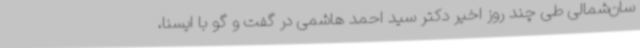
سان‌شمالی طی چند روز اخیر دکتر سید احمد هاشمی در گفت و گو با ایسنا،